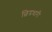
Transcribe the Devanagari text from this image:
छिद्रधारी